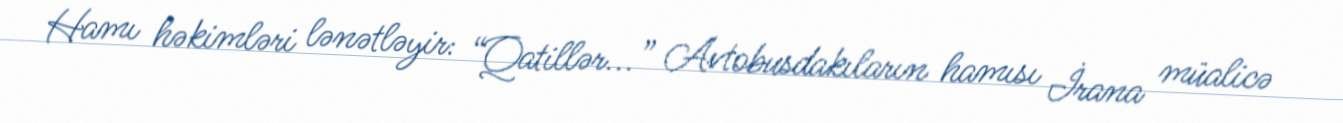
Hamı həkimləri lənətləyir: “Qatillər...” Avtobusdakıların hamısı İrana müalicə